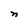
Character: n